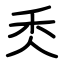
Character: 秂